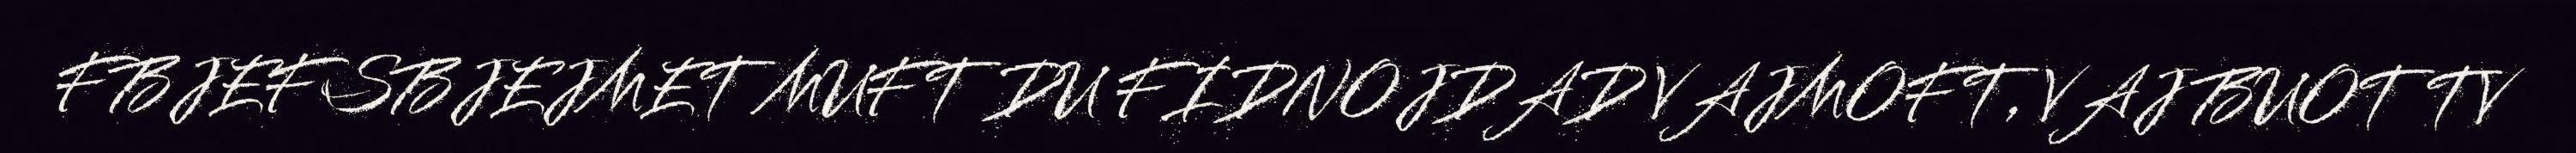
FBJEFSBJEJMET MUFT DU FIDNOJDAD VAJMOFT, VAJ BUOT TV